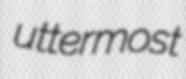
uttermost